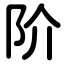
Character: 阶